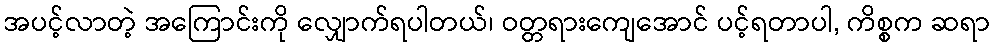
အပင့်လာတဲ့ အကြောင်းကို လျှောက်ရပါတယ်၊ ဝတ္တရားကျေအောင် ပင့်ရတာပါ, ကိစ္စက ဆရာ